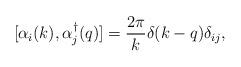
LaTeX: \begin{align*}[\alpha_i(k), \alpha_j^\dagger(q)] = \frac{2\pi}{k}\delta(k-q)\delta_{ij},\end{align*}